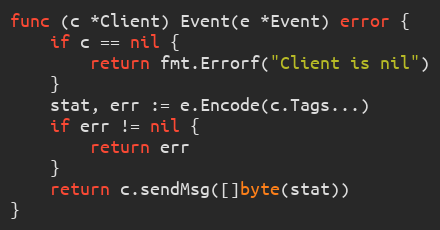
Language: Go
func (c *Client) Event(e *Event) error {
	if c == nil {
		return fmt.Errorf("Client is nil")
	}
	stat, err := e.Encode(c.Tags...)
	if err != nil {
		return err
	}
	return c.sendMsg([]byte(stat))
}